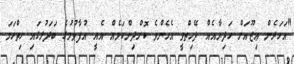
"އަހަރެން ޢިޒޫއަށް ހަދިޔާއެއް ދޭހިތްވީ އެހެންވެ ކޮށްދިންކަމެއް އެއީ އުފާވުމުގެ ބަދަލުގައި ހިތްހަމަ